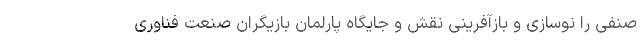
صنفی را نوسازی و بازآفرینی نقش و جایگاه پارلمان بازیگران صنعت فناوری